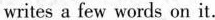
writes a few words on it.